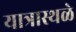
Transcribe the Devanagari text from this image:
यात्रास्थळे